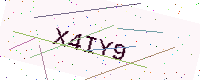
Text: X4IY9